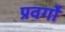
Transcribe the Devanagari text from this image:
प्रवर्गो